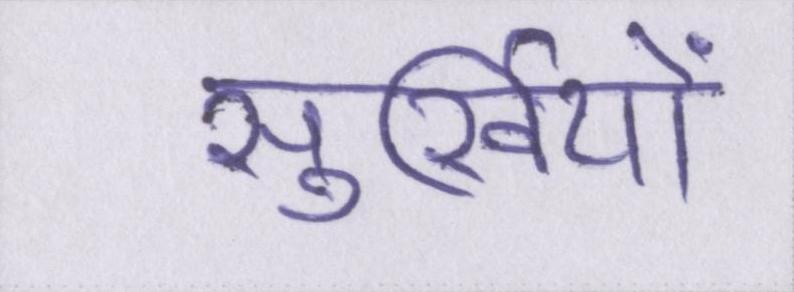
सुर्खियों